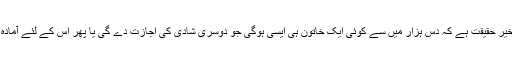
یہ تو خیر حقیقت ہے کہ دس ہزار میں سے کوئی ایک خاتون ہی ایسی ہوگی جو دوسری شادی کی اجازت دے گی یا پھر اس کے لئے آمادہ ہوگی۔